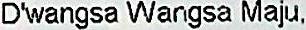
D'WANGSA WANGSA MAJU,